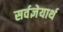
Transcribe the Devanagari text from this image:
सर्वज्ञेयार्थ